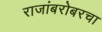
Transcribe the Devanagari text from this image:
राजांबरोबरचा